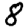
Digit: 8